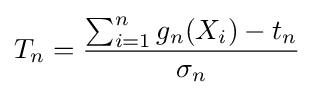
T_{n}={\frac {\sum _{i=1}^{n}g_{n}(X_{i})-t_{n}}{\sigma _{n}}}